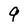
Character: 9